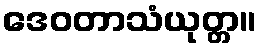
ဒေဝတာသံယုတ္တ။